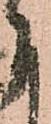
下